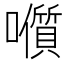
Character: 𭌭